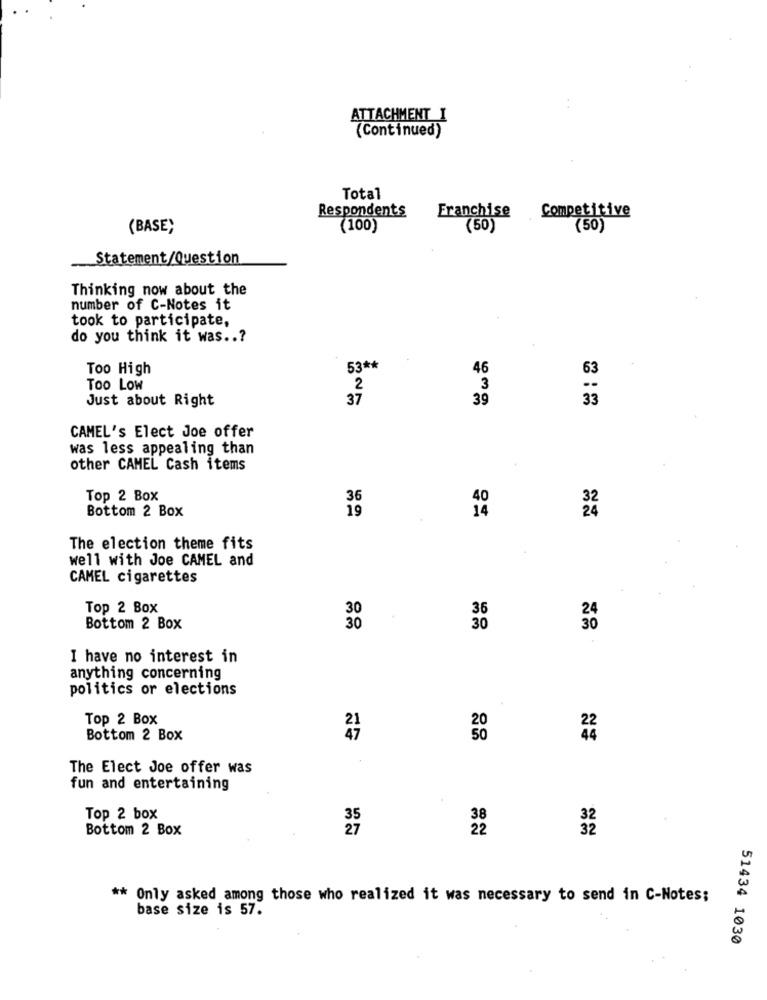
ATTACHMENT I
(Continued)
Total
Respondents
Competitive
Franchise
(BASE)
(100
(50)
(50)
Statement/Question
Thinking now about the
number of C-Notes it
took to participate,
do you think it was ..?
Too High
53 **
46
63
Too Low
2
3
Just about Right
37
39
33
CAMEL's Elect Joe offer
was less appealing than
other CAMEL Cash items
Top 2 Box
36
Bottom 2 Box
19
The election theme fits
well with Joe CAMEL and
CAMEL cigarettes
Top 2 Box
Bottom 2 Box
30
I have no interest in
anything concerning
politics or elections
Top 2 Box
Bottom 2 Box
The Elect Joe offer was
fun and entertaining
Top 2 box
35
Bottom 2 Box
27
** Only asked among those who realized it was necessary to send in C-Notes;
base size is 57.
51434 1030